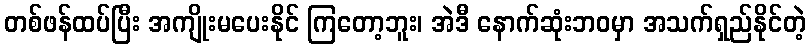
တစ်ဖန်ထပ်ပြီး အကျိုးမပေးနိုင် ကြတော့ဘူး၊ အဲဒီ နောက်ဆုံးဘဝမှာ အသက်ရှည်နိုင်တဲ့